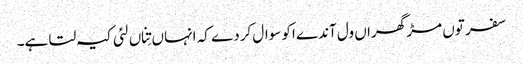
سفر توں مڑ گھراں ول آندے اکو سوال کردے کہ انہاں تِناں لئی کیہ لتا ہے۔